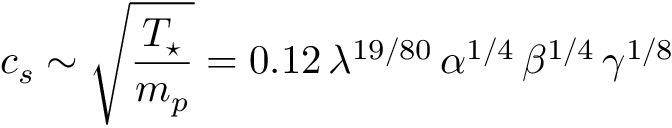
c _ { s } \sim \sqrt { \frac { T _ { \star } } { m _ { p } } } = 0 . 1 2 \, \lambda ^ { 1 9 / 8 0 } \, \alpha ^ { 1 / 4 } \, \beta ^ { 1 / 4 } \, \gamma ^ { 1 / 8 }